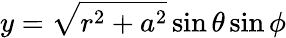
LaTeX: y={\sqrt{r^{2}+a^{2}}}\sin\theta\sin\phi